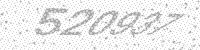
Solution: 520937